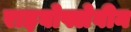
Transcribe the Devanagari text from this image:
राइबोफ्लेवीन